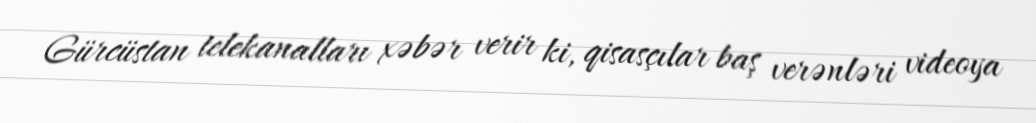
Gürcüstan telekanalları xəbər verir ki, qisasçılar baş verənləri videoya